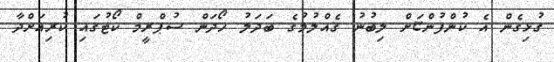
ގުޅިގެން އެ ކުންފުންޏަށް ލިބުނު ގެއްލުމުގެ ބަދަލު ހޯދަން ސުޕްރީމް ކޯޓުގައި ކުރިއަށްދާ